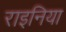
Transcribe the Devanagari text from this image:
राइनिया